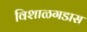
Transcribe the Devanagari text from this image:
विशाळगडास